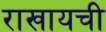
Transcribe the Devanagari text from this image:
राखायची